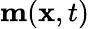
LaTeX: \mathbf{m}(\mathbf{x},t)